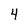
Character: 4